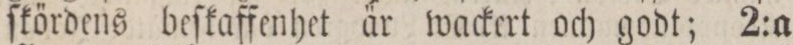
ſkördens beſkaffenhet är wackert och godt; 2:a